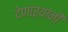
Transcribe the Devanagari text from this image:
देणाऱ्यांनी